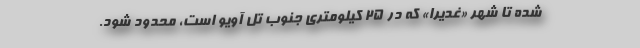
شده تا شهر «غدیرا» که در ۲۵ کیلومتری جنوب تل آویو است، محدود شود.